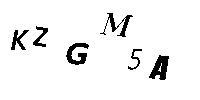
KZGM5A